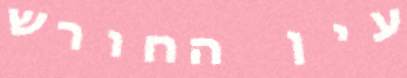
עין החורש